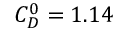
C _ { D } ^ { 0 } = 1 . 1 4